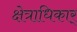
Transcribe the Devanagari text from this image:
क्षेत्राधिकार्